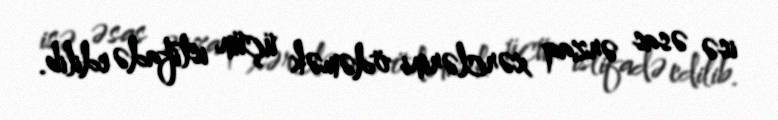
isə əsas ərzaq xərclərini ödəmək üçün istifadə edilib.